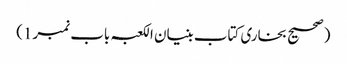
(صحیح بخاری کتاب بنیان الکعبہ باب نمبر1)